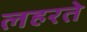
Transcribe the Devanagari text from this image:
लहरते